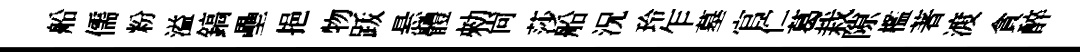
船儒粉溢鎬壘挹物䟦悬體勑尚莎船況玲乍墓官伫葛栽隙檻著渡貪醉